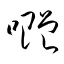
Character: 囎